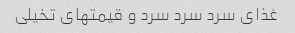
غذای سرد سرد سرد و قیمتهای تخیلی